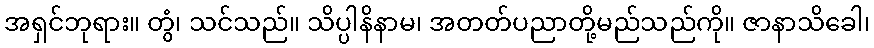
အရှင်ဘုရား။ တွံ၊ သင်သည်။ သိပ္ပါနိနာမ၊ အတတ်ပညာတို့မည်သည်ကို။ ဇာနာသိခေါ၊